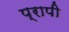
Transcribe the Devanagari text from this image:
प्रापी